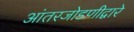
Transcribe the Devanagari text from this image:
आंतरजोडणीद्वारे